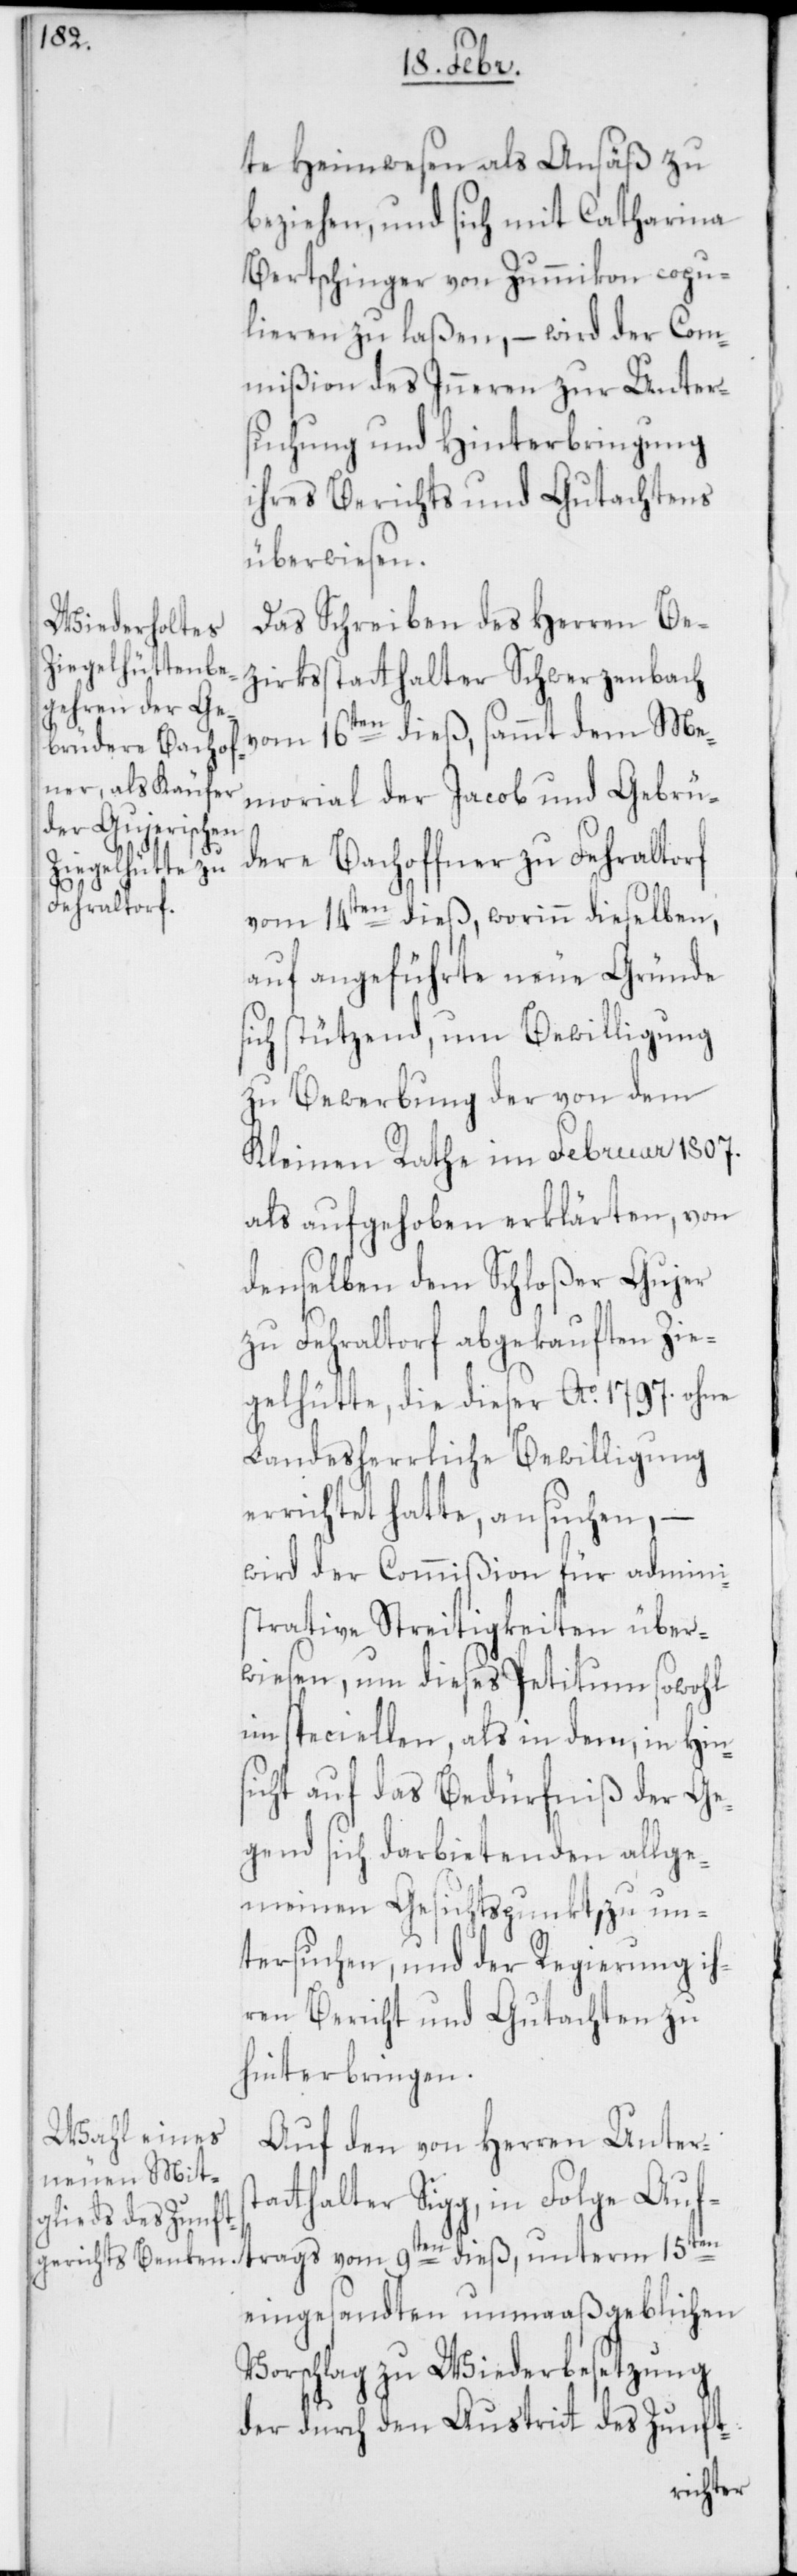
te Heimwesen als Ansäß zu
beziehen, und sich mit Catharina
Bertschinger von Zumikon copu¬
lieren zu laßen, – wird der Com¬
mißion des Inneren zur Unter¬
suchung und Hinterbringung
ihres Berichts und Gutachtens
überwiesen.
Das Schreiben des Herren Be¬
zirksstatthalter Schwerzenbach
vom 16ten dieß, sammt dem Me¬
dere Bachof¬
morial der Jacob und Gebrü¬
dieß, unterm
trags vom
vom 14ten dieß, worinn dieselben,
auf angeführte neue Gründe
sich stützend, um Bewilligung
zu Bewerbung der von dem
Kleinen Rathe im Februar 1807.
als aufgehoben erklärten, von
denselben dem Schloßer Gujer
zu Fehraltorf abgekauften Zie¬
gelhütte, die dieser Ao 1797. ohne
Landesherrliche Bewilligung
errichtet hatte, ansuchen, –
wird der Commißion für admini¬
strative Streitigkeiten über¬
wiesen, um dieses Petitum sowohl
im Speciellen, als in dem, in Hin¬
sicht auf das Bedürfnis der Ge¬
gend sich darbietenden allge¬
meinen Gesichtspunkt, zu un¬
tersuchen, und der Regierung ih¬
ren Bericht und Gutachten zu
hinterbringen.
Auf den von Herren Unterst¬
atthalter Sigg, in Folge Auf¬
eingesandten unmaaßgeblichen
Vorschlag zu Wiederbesetzung
der durch den Austrit des Zunft-